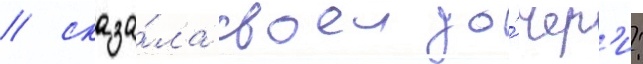
/ сказа́ла своеи до́чер'и: